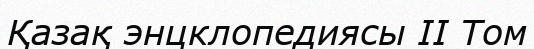
Қазақ энцклопедиясы II Том